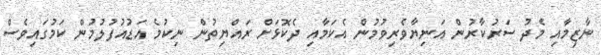
ނާޒިމާއި މެދު ސަރުކާރުން އަނިޔާވެރިވުމުން އެކަމާއި ދެކޮޅަށް ރައްޔިތުން ނިކުމެ އަޑުއުފުލުމުން ކަމުގައިވެސް